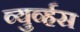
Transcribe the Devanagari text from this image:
व्युर्व्हस